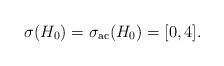
LaTeX: \begin{align*}\sigma(H_0)=\sigma_{\mathrm{ac}}(H_0)=[0,4].\end{align*}